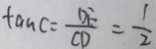
\tan C = \frac { D F } { C D } = \frac { 1 } { 2 }